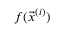
f ( \vec { x } ^ { ( i ) } )